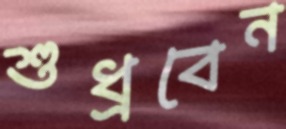
শুধ্‌রবেন